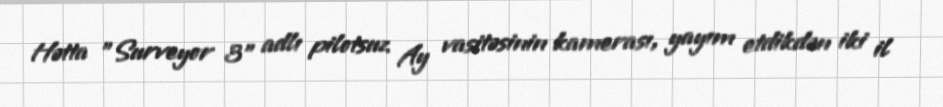
Hətta "Surveyor 3" adlı pilotsuz Ay vasitəsinin kamerası, yayım etdikdən iki il